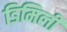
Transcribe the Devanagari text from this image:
डिमिली